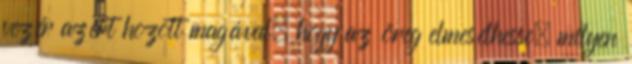
vezér azért hozott magával, hogy az öreg elmesélhesse, milyen